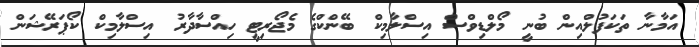
އަމާނާ ތަކަފުލްއިން ބުނީ މޯލްޑިވްސް އިސްލާމިކް ބޭންކްގެ މެޖޯރިޓީ ހިއްސާދާރު އިސްލާމިކް ކޯޕަރޭޝަން